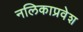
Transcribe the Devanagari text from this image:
नलिकाप्रवेश